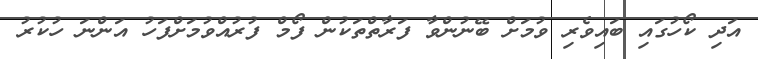
އަދި ކޯހުގައި ބައިވެރި ވުމަށް ބޭނުންވާ ފަރާތްތަކުން ފޯމް ފުރުއްވުމަށްފަހު އަންނަ ހުކުރު